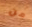
من